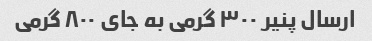
ارسال پنیر ٣٠٠ گرمی به جای ٨٠٠ گرمی